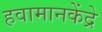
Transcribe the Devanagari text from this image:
हवामानकेंद्रे